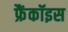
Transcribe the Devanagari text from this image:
फ्रैंकॉइस